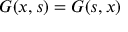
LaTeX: \quad G ( x , s ) = G ( s , x )